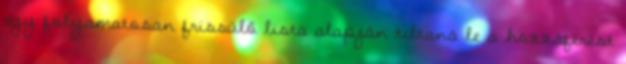
egy folyamatosan frissülő lista alapján tiltaná le a hozzáférést